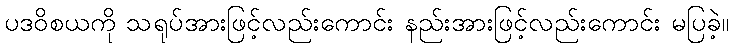
ပဒဝိစယကို သရုပ်အားဖြင့်လည်းကောင်း နည်းအားဖြင့်လည်းကောင်း မပြခဲ့။